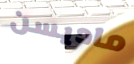
ماديسن